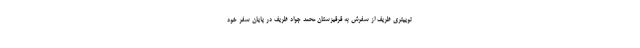
توییتری ظریف از سفرش به قرقیزستان محمد جواد ظریف در پایان سفر خود